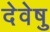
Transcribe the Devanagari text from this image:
देवेषु